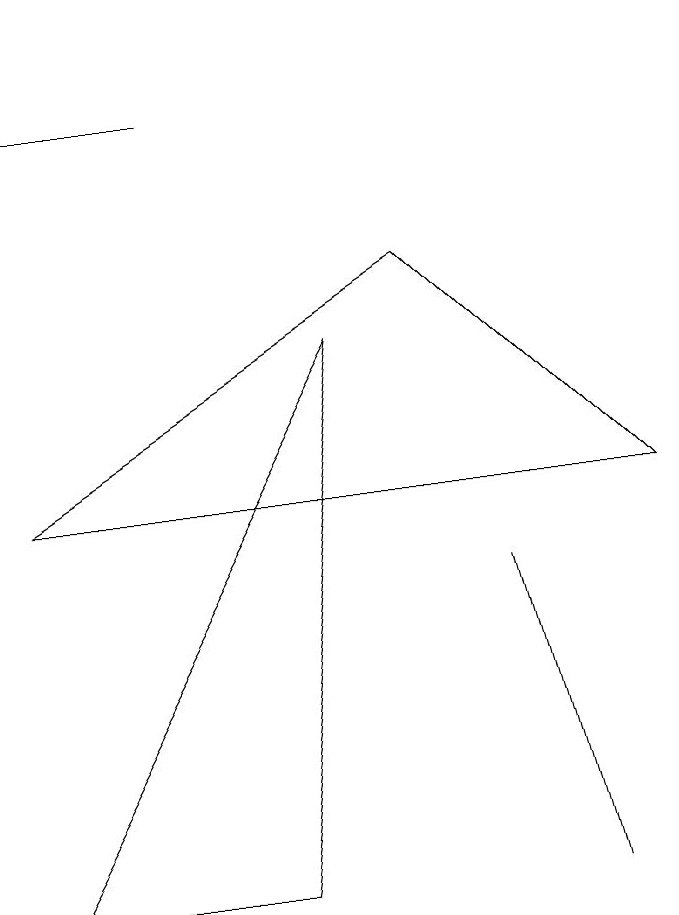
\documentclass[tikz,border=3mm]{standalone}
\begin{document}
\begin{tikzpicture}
\draw (6,9) -- (1,6) -- (9,6) -- cycle;
\draw (5,8) -- (4,1) -- (1,1) -- cycle;
\draw (8,1) -- (7,5) -- (8,1) -- cycle;
\draw (1,11) rectangle (3,11);
\draw[->] (1,12) -- (1,12);
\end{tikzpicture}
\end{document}